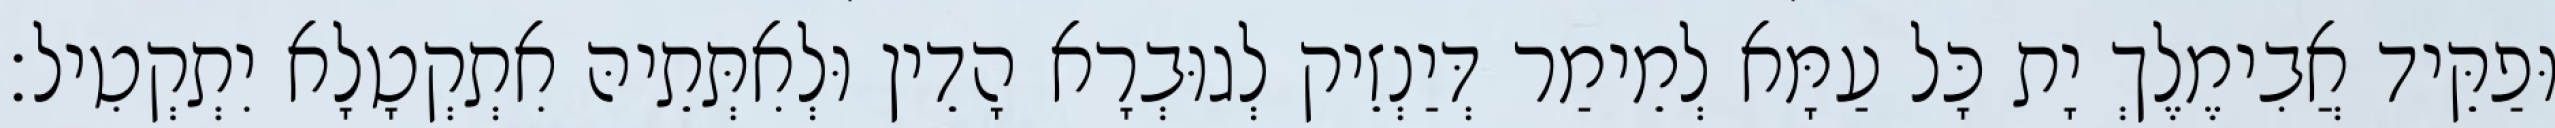
וּפַקֵּיד אֲבִימֶלֶךְ יָת כָּל עַמָּא לְמֵימַר דְּיַנְזֵיק לְגוּבְרָא הָדֵין וּלְאִתְּתֵיהּ אִתְקְטָלָא יִתְקְטִיל׃